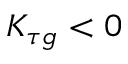
K _ { \tau g } < 0